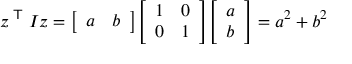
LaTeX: z ^ { \textsf { T } } I z = { \left[ \begin{array} { l l } { a } & { b } \end{array} \right] } { \left[ \begin{array} { l l } { 1 } & { 0 } \\ { 0 } & { 1 } \end{array} \right] } { \left[ \begin{array} { l } { a } \\ { b } \end{array} \right] } = a ^ { 2 } + b ^ { 2 }